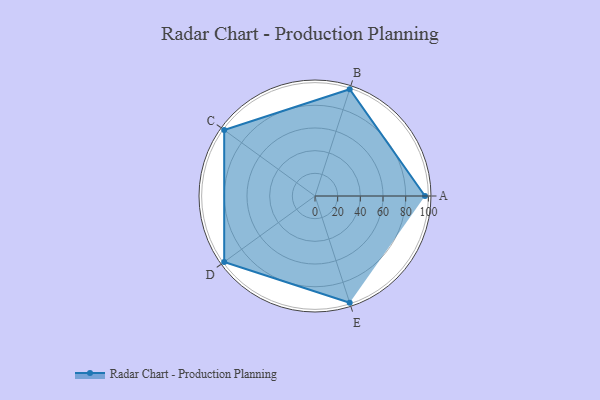
{"axis": {"x": "Skill", "y": "Score"}, "legend": ["Profile"], "data": [{"x": "A", "y": 97.0, "type": "Profile"}, {"x": "B", "y": 99.0, "type": "Profile"}, {"x": "C", "y": 99, "type": "Profile"}, {"x": "D", "y": 99, "type": "Profile"}, {"x": "E", "y": 99, "type": "Profile"}]}